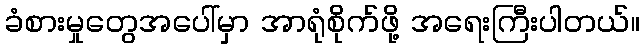
ခံစားမှုတွေအပေါ်မှာ အာရုံစိုက်ဖို့ အရေးကြီးပါတယ်။